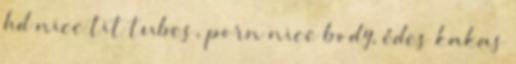
hd nice tit tubes, porn nice body, édes kakas